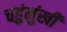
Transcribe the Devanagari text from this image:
चहुंमुंखी